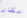
مكان